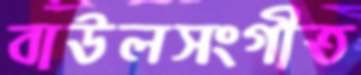
বাউলসংগীত